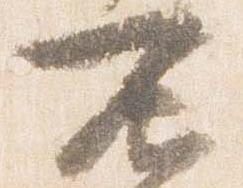
不